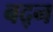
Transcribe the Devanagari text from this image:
बद्न